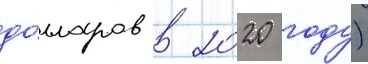
до́лларов в 2020 году)